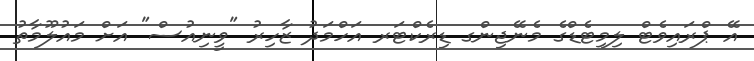
އޭ ޕްރައިވެޓް ލިމިޓެޑްގެ މެނޭޖިންގ ޑިރެކްޓަރ އަހްމަދު ޒާހިރު "ވީނިއުސް" އަށް މައުލޫމާތު